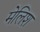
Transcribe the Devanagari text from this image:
मेलिश